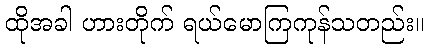
ထိုအခါ ဟားတိုက် ရယ်မောကြကုန်သတည်း။